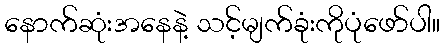
နောက်ဆုံးအနေနဲ့ သင့်မျက်ခုံးကိုပုံဖော်ပါ။